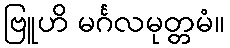
ဗြူဟိ မင်္ဂလမုတ္တမံ။